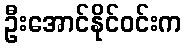
ဦးအောင်နိုင်ဝင်းက